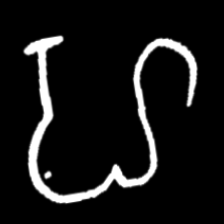
Pyu character \u2014 Myanmar letter: ဟ (romanized: ha)